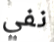
نفي